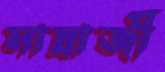
মাদ্রাজী